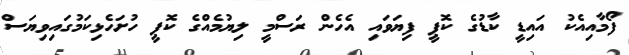
ފޯމާއިއެކު އައިޑީ ކާޑުގެ ކޮޕީ ފިޔަވައި އެހެން ރަސްމީ ލިޔުމެއްގެ ކޮޕީ ހުށަހެޅިކަމުގައިވިޔަސް